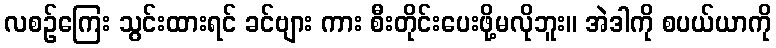
လစဉ်ကြေး သွင်းထားရင် ခင်ဗျား ကား စီးတိုင်းပေးဖို့မလိုဘူး။ အဲဒါကို စပယ်ယာကို